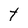
Character: t